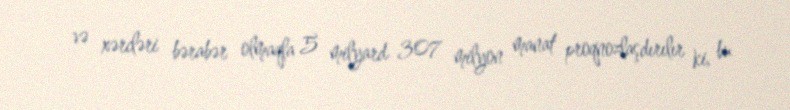
və xərcləri bərabər olmaqla 5 milyard 307 milyon manat proqnozlaşdırılır ki, bu